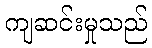
ကျဆင်းမှုသည်